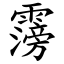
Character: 霶